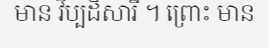
មាន វិប្បដិសារី ។ ព្រោះ មាន